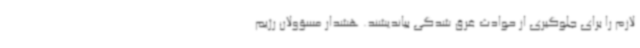
لازم را برای جلوگیری از حوادث غرق شدگی بیاندیشند. هشدار مسؤولان رژیم